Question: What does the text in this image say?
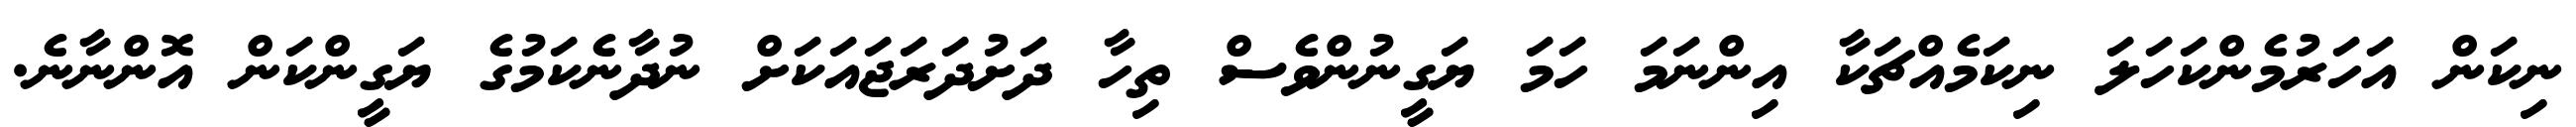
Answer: ނިކަން އަހަރުމެންކަހަލަ ނިކަމެއްޗަކާ އިންނަމަ ހަމަ ޔަގީނުންވެސް ތިހާ ދަށުދަރަޖައަކަށް ނުދާނެކަމުގެ ޔަގީންކަން އޮންނާނެ.